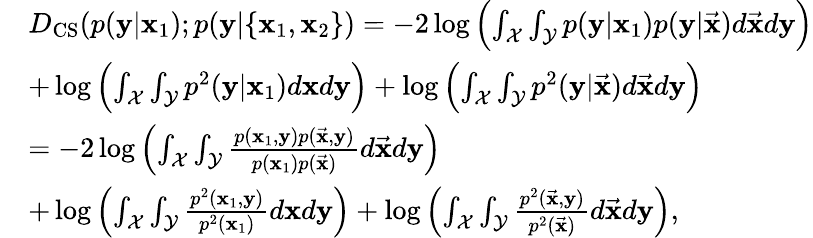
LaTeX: \begin{array}{rl}&{D_{\mathrm{CS}}(p(\mathbf{y}|\mathbf{x}_{1});p(\mathbf{y}|\{ \mathbf{x}_{1},\mathbf{x}_{2}\} )=-2\log\left(\int_{\mathcal{X}}\int_{\mathcal{Y}}p(\mathbf{y}|\mathbf{x}_{1})p(\mathbf{y}|\vec{\mathbf{x}})d\vec{\mathbf{x}}d\mathbf{y}\right)}\\ &{+\log\left(\int_{\mathcal{X}}\int_{\mathcal{Y}}p^{2}(\mathbf{y}|\mathbf{x}_{1})d\mathbf{x}d\mathbf{y}\right)+\log\left(\int_{\mathcal{X}}\int_{\mathcal{Y}}p^{2}(\mathbf{y}|\vec{\mathbf{x}})d\vec{\mathbf{x}}d\mathbf{y}\right)}\\ &{=-2\log\left(\int_{\mathcal{X}}\int_{\mathcal{Y}}\frac{p(\mathbf{x}_{1},\mathbf{y})p(\vec{\mathbf{x}},\mathbf{y})}{p(\mathbf{x}_{1})p(\vec{\mathbf{x}})}d\vec{\mathbf{x}}d\mathbf{y}\right)}\\ &{+\log\left(\int_{\mathcal{X}}\int_{\mathcal{Y}}\frac{p^{2}(\mathbf{x}_{1},\mathbf{y})}{p^{2}(\mathbf{x}_{1})}d\mathbf{x}d\mathbf{y}\right)+\log\left(\int_{\mathcal{X}}\int_{\mathcal{Y}}\frac{p^{2}(\vec{\mathbf{x}},\mathbf{y})}{p^{2}(\vec{\mathbf{x}})}d\vec{\mathbf{x}}d\mathbf{y}\right),}\end{array}